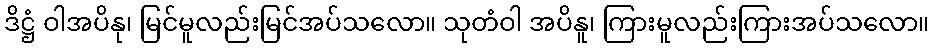
ဒိဋ္ဌံ ဝါအပိနု၊ မြင်မူလည်းမြင်အပ်သလော။ သုတံဝါ အပိနူ၊ ကြားမူလည်းကြားအပ်သလော။